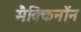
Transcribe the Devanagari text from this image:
मैक्किनॉन